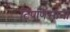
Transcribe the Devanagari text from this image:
टिपणिसांना